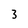
Character: 3